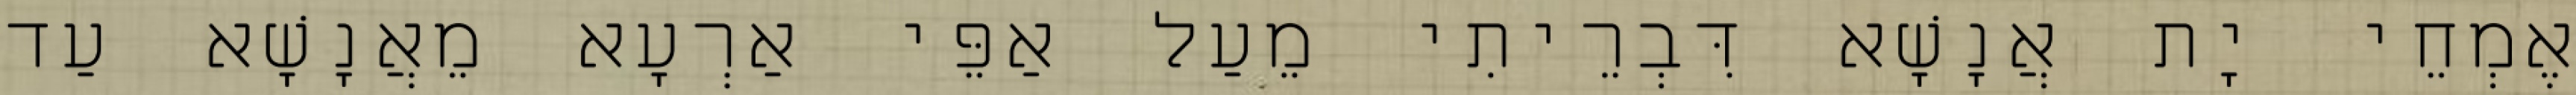
אֶמְחֵי יָת אֲנָשָׁא דִּבְרֵיתִי מֵעַל אַפֵּי אַרְעָא מֵאֲנָשָׁא עַד